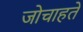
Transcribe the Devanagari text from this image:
जोचाहते